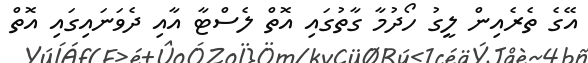
އޭގެ ތެރެއިން ލީގު ހޯދުމާ ގާތުގައި އޮތް ލެސްޓާ އާއި ދެވަނައިގައި އޮތް